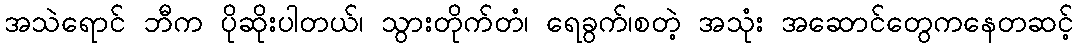
အသဲရောင် ဘီက ပိုဆိုးပါတယ်၊ သွားတိုက်တံ၊ ရေခွက်၊စတဲ့ အသုံး အဆောင်တွေကနေတဆင့်